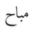
مباح